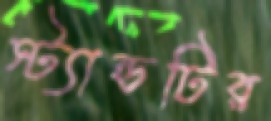
স্ট্যান্ডটির